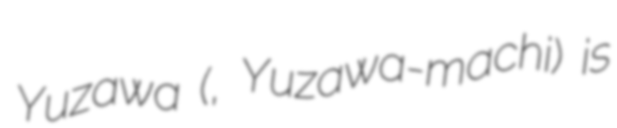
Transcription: Yuzawa (湯沢町, Yuzawa-machi) is